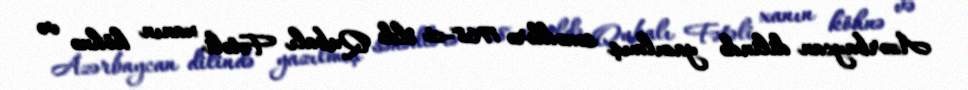
Azərbaycan dilində yazılmış sənədlərə 1768-ci ildə Qubalı Fətəli xanın köhnə və